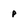
Character: p